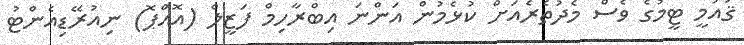
ޤައުމީ ޓީމުގެ ވެސް މެދުތެރެއަށް ކުޅެމުން އަންނަ އިބްރާހިމް ފަޒީލް (އޮއްޕޮ) ނިއުރޭޑިއެންޓު